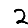
Digit: 2